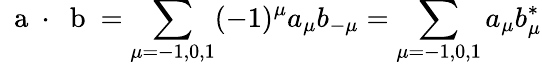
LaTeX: \mathrm{~\mathbf~a~}\cdot\mathrm{~\mathbf~b~}=\sum_{\mu=-1,0,1}(-1)^{\mu}a_{\mu}b_{-\mu}=\sum_{\mu=-1,0,1}a_{\mu}b_{\mu}^{*}